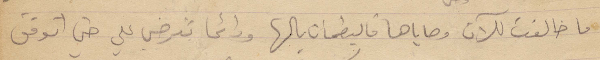
ما خالفت للآن وصاياها فليطمأن بالها ودائمًا ترضى علي حتى اتوفق